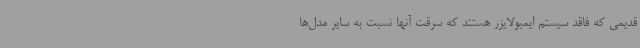
قدیمی که فاقد سیستم ایمبولایزر هستند که سرقت آنها نسبت به سایر مدل‌ها